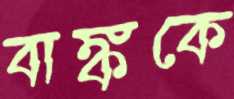
বাঙ্ককে